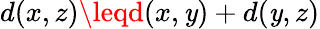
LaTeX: d(x,z)\leqd(x,\mathit{y})+d(\mathit{y},z)